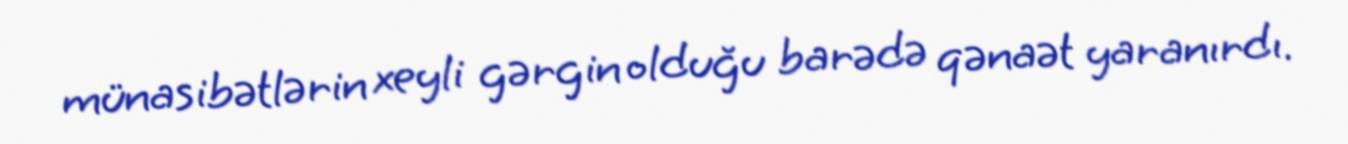
münasibətlərin xeyli gərgin olduğu barədə qənaət yaranırdı.